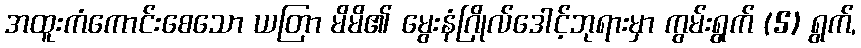
အထူးကံကောင်းစေသော ယတြာ မိမိ၏ မွေးနံဂြိုလ်ဒေါင့်ဘုရားမှာ ကွမ်းရွက် (5) ရွက်,